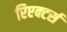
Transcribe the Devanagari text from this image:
रिएक्टर्स